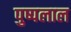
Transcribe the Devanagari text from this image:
पुष्पलाल